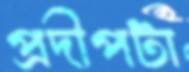
প্রদীপটা